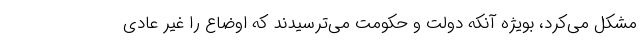
مشکل می‌کرد، بویژه آنکه دولت و حکومت می‌ترسیدند که اوضاع را غیر عادی